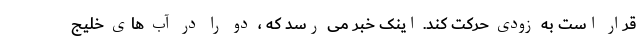
قرار است به زودی حرکت کند. اینک خبر می رسد که ، دو را در آب های خلیج